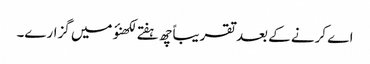
اے کرنے کے بعد تقریباً چھ ہفتے لکھنؤ میں گزارے۔